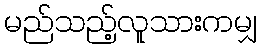
မည်သည့်လူသားကမျှ